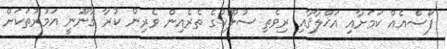
ފޯސްއެއް ކަމަށާއި އަޚްލާޤާއި ރިވެތި ސުލޫކުގެ ތެރެއިން ވެރިން ކުރާ ޤާނޫނީ އަމުރުތަކަށް